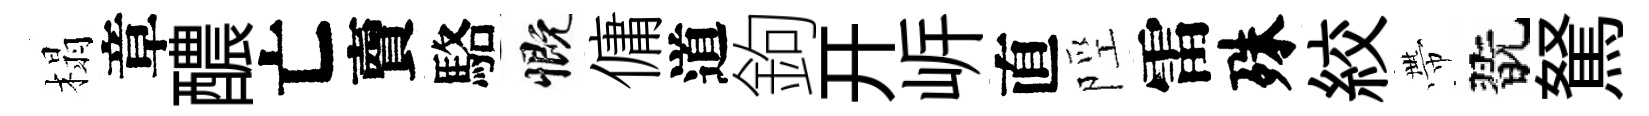
榻章醲亡𧶠駱慨傭道鉤开㟁直陘雷殊絞帶翫駑